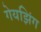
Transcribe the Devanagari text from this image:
गेयझिंग